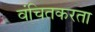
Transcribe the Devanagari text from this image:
वंचितकरता